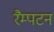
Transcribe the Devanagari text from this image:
रैम्पटन